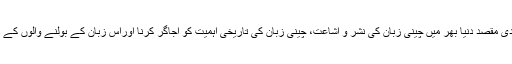
اس دن کو بین الاقوامی سطح پر منانے کا بنیادی مقصد دنیا بھر میں چینی زبان کی نشر و اشاعت، چینی زبان کی تاریخی اہمیت کو اجاگر کرنا اوراس زبان کے بولنے والوں کے درمیان بین الثقافتی ہم آہنگی کو فروغ دینا ہے۔